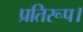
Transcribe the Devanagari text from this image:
प्रतिरूप।